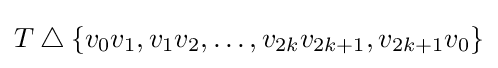
T\mathbin {\triangle } \{v_{0}v_{1},v_{1}v_{2},\dotsc ,v_{2k}v_{2k+1},v_{2k+1}v_{0}\}